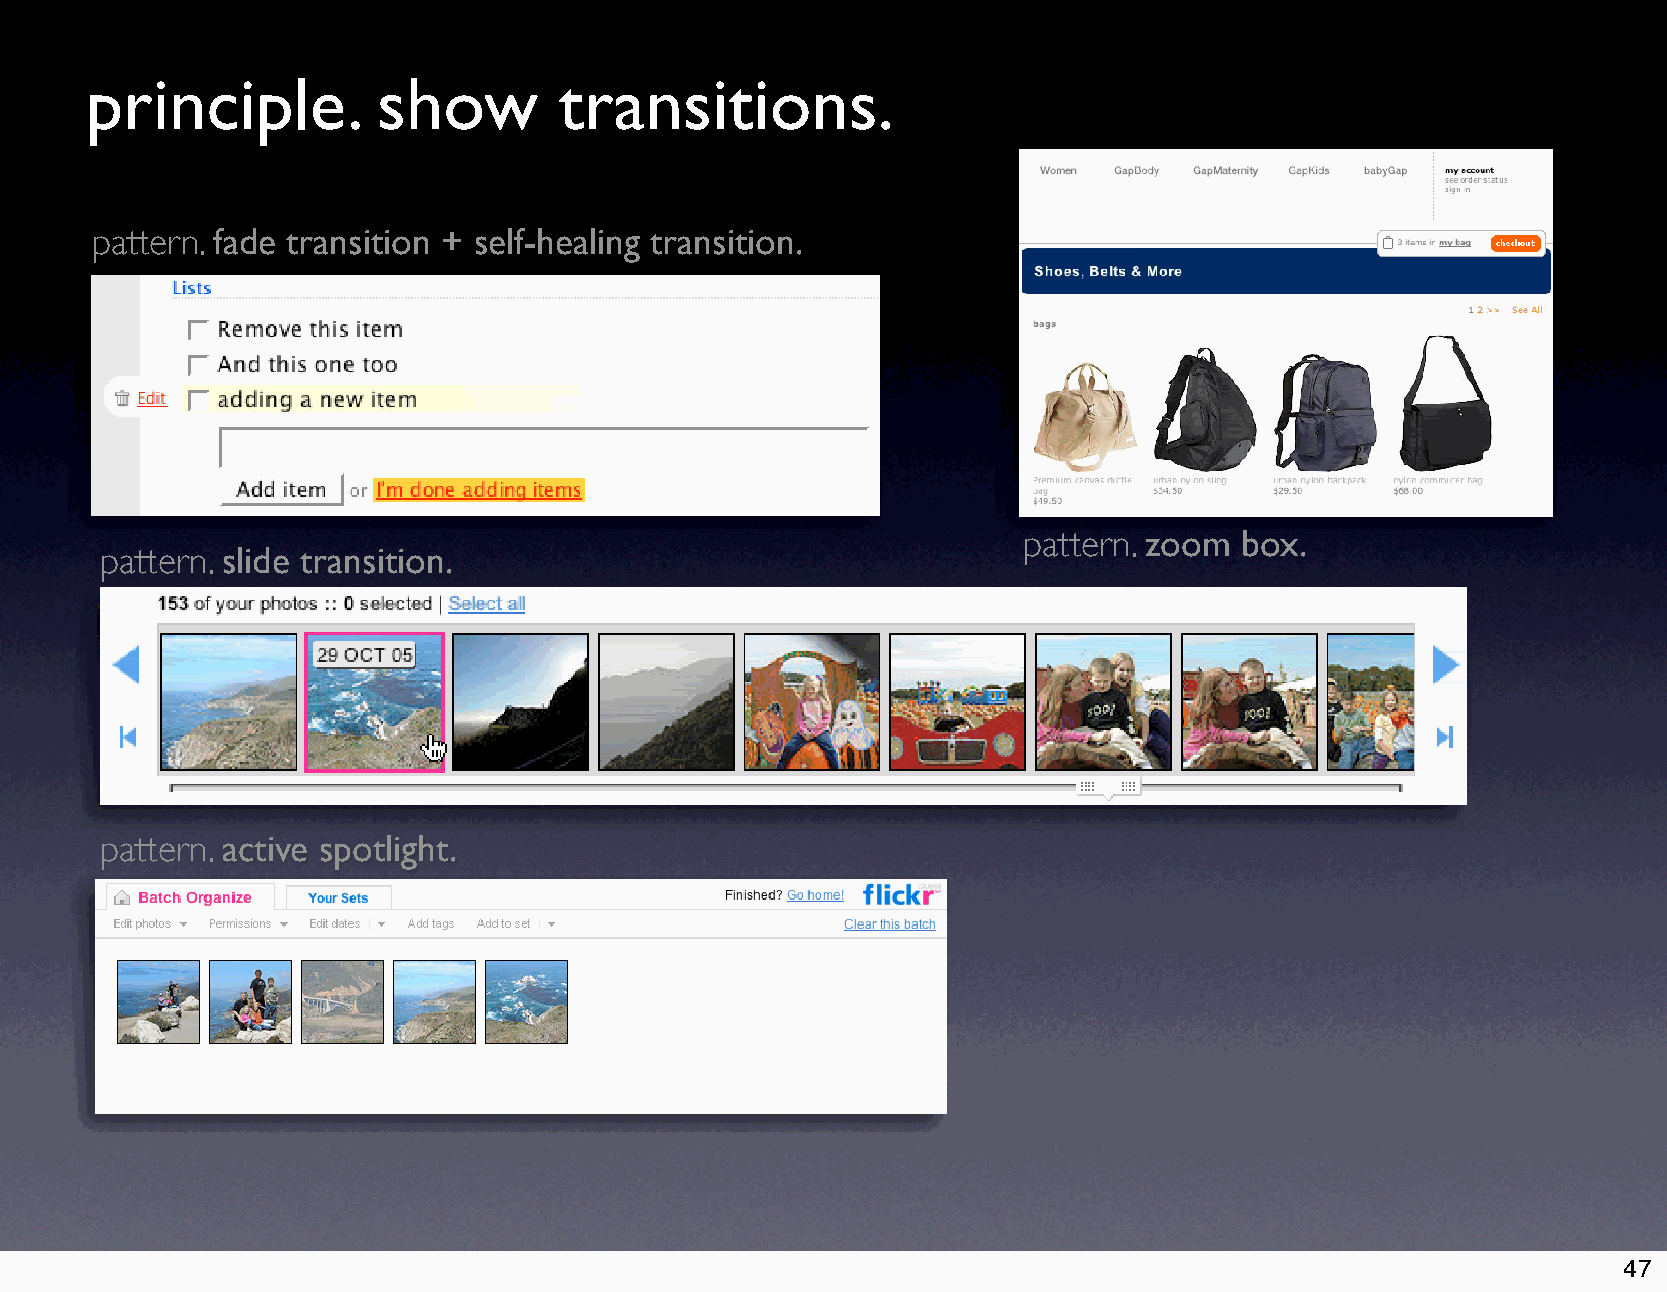
principle.         show        transitions.
 pattern. fade transition + self-healing transition.
 pattern. zoom box.
 pattern. slide transition.
 pattern. active spotlight.
 47